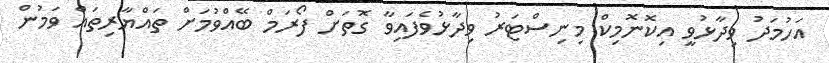
އަހުމަދު ވިދާޅުވީ އިކޮނޮމިކް މިނިސްޓަރު ވިދާޅުވެފައިވާ ގޮތަށް ފޯރަމް ބޭއްވުމަށް ތައްޔާރިތައް ވަމުން